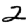
Digit: 2